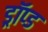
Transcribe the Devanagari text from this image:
ड्रॉप्ड